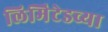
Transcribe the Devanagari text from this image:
लिमिेटेडच्या